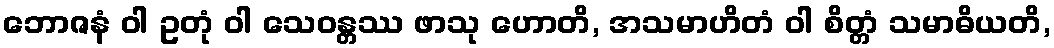
ဘောဇနံ ဝါ ဥတုံ ဝါ သေဝန္တဿ ဖာသု ဟောတိ, အသမာဟိတံ ဝါ စိတ္တံ သမာဓိယတိ,